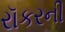
રૉકરની